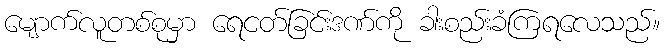
မျောက်လူတစ်စုမှာ ရေငတ်ခြင်းဒဏ်ကို ခါးစည်းခံကြရလေသည်။